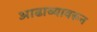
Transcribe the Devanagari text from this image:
आढाव्यावरून